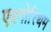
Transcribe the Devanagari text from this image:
एक्गोरिथम